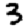
Digit: 3